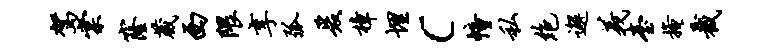
驾棠窿葳西隈享弧爰樟埋c幢私绝邂义台掩截